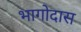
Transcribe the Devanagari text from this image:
भागोदास